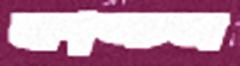
কাঙ্চন